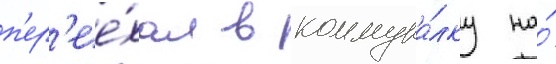
п'ер'ее́хал в коммуна́лку на́